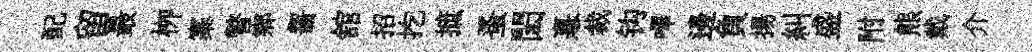
配留最栁寨瞥鄕齧舘招扢摭蚤閎憙裁钩嗶邊負揚糾盛附熊戴介